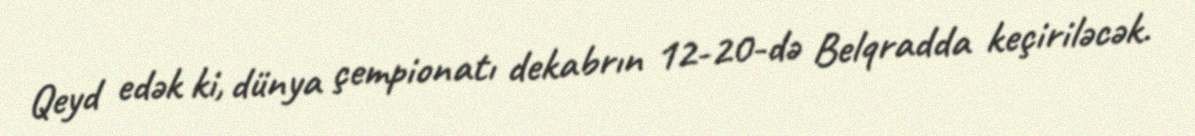
Qeyd edək ki, dünya çempionatı dekabrın 12-20-də Belqradda keçiriləcək.